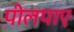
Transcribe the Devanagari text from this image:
पीलपाए